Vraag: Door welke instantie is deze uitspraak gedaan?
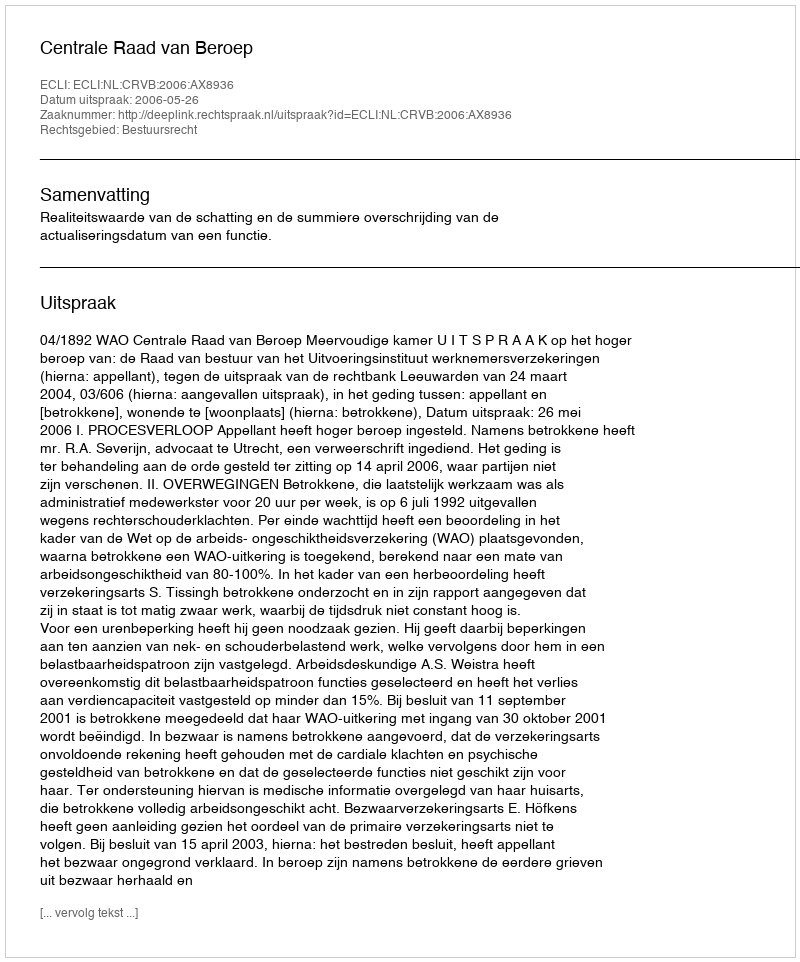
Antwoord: Centrale Raad van Beroep